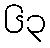
၆၃